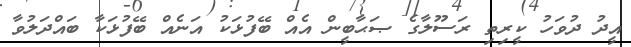
އީދު ދުވަހު ކީރިތި ރަސޫލާގެ ޞަޙާބީން އެއް ބޭފުޅަކު އަނެއް ބޭފުޅަކާ ބައްދަލުވާ